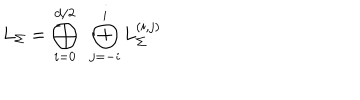
L _ { \Sigma } = \bigoplus _ { i = 0 } ^ { d / 2 } ~ \bigoplus _ { j = - i } ^ { i } L _ { \Sigma } ^ { ( i , j ) }